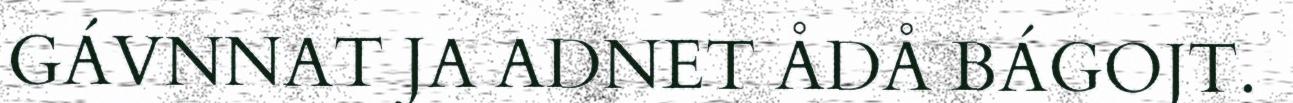
GÁVNNAT JA ADNET ÅDÅ BÁGOJT.